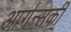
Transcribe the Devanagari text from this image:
आर्गन्सकी